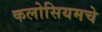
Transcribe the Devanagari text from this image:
कलोसियमचे